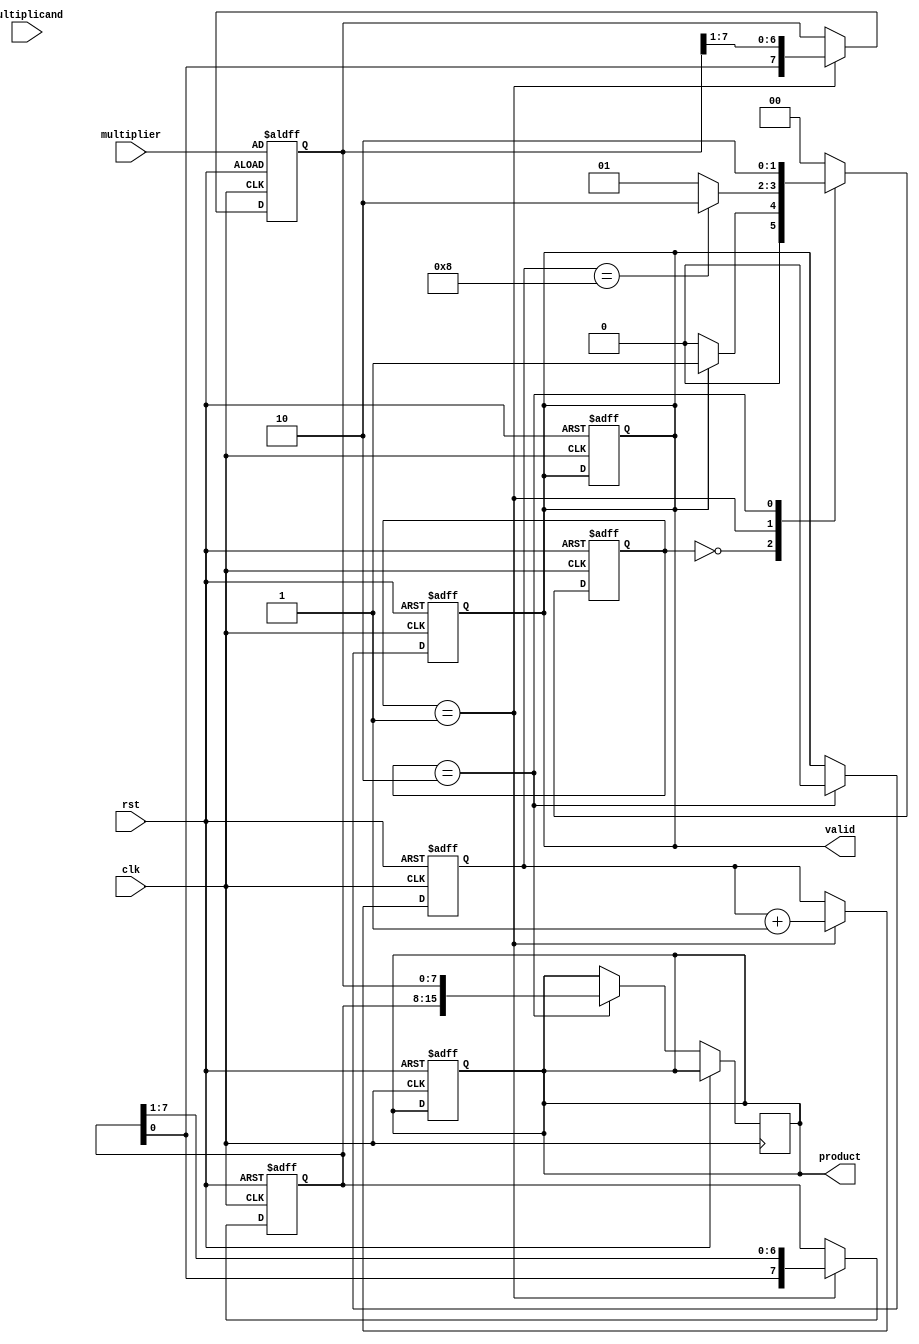
module modified_booth_multiplier #(parameter N = 8) (
    input wire clk,
    input wire rst,
    input wire [N-1:0] multiplicand,
    input wire [N-1:0] multiplier,
    output reg [2*N-1:0] product,
    output reg valid
);

    reg [N-1:0] A; // Accumulator
    reg [N-1:0] M; // Multiplicand
    reg [N-1:0] Q; // Multiplier
    reg [N-1:0] Q_1; // Previous bit of multiplier
    reg [N:0] count; // Counter for number of bits processed

    // State encoding
    localparam IDLE = 2'b00,
               COMPUTE = 2'b01,
               DONE = 2'b10;

    reg [1:0] state, next_state;

    // Initial state and registers
    always @(posedge clk or posedge rst) begin
        if (rst) begin
            state <= IDLE;
            product <= 0;
            valid <= 0;
        end else begin
            state <= next_state;
        end
    end

    // Next state logic
    always @(*) begin
        case (state)
            IDLE: begin
                if (valid) begin
                    next_state = COMPUTE;
                end else begin
                    next_state = IDLE;
                end
            end

            COMPUTE: begin
                if (count == N) begin
                    next_state = DONE;
                end else begin
                    next_state = COMPUTE;
                end
            end

            DONE: begin
                next_state = DONE; // Remain in DONE state
            end

            default: next_state = IDLE;
        endcase
    end

    // Control logic and multiplication process
    always @(posedge clk or posedge rst) begin
        if (rst) begin
            A <= 0;
            Q <= multiplier;
            M <= multiplicand;
            Q_1 <= 0;
            count <= 0;
            valid <= 1; // Set valid to start multiplication
        end else begin
            case (state)
                COMPUTE: begin
                    case ({Q[0], Q_1})
                        2'b00: begin
                            // No addition
                        end
                        2'b01: begin
                            // Add multiplicand
                            A <= A + M;
                        end
                        2'b10: begin
                            // Subtract multiplicand
                            A <= A - M;
                        end
                        2'b11: begin
                            // No addition, just shift
                        end
                    endcase

                    // Shift right: A and Q
                    {A, Q} <= {A[0], A, Q} >> 1;
                    Q_1 <= Q[0]; // Update Q_1 to current Q[0]
                    count <= count + 1;
                end

                DONE: begin
                    product <= {A, Q}; // Combine A and Q for final product
                    valid <= 0; // Reset valid
                end
            endcase
        end
    end

endmodule